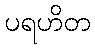
ပရဟိတ